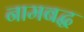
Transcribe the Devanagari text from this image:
नामबद्ध